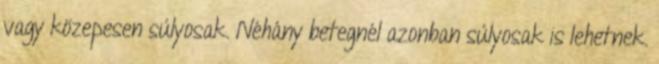
vagy közepesen súlyosak. Néhány betegnél azonban súlyosak is lehetnek.